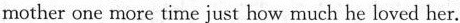
mother one more time just how much he loved her.